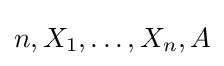
n,X_{1},\dots ,X_{n},A